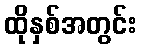
ထိုနှစ်အတွင်း